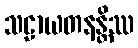
သဠာယတနန္တိဿ